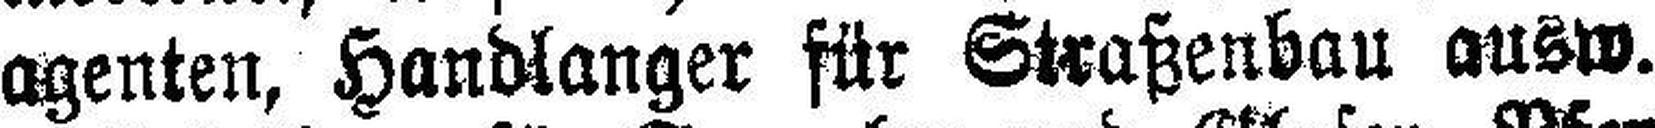
agenten, Handlanger für Straßenbau ausw.